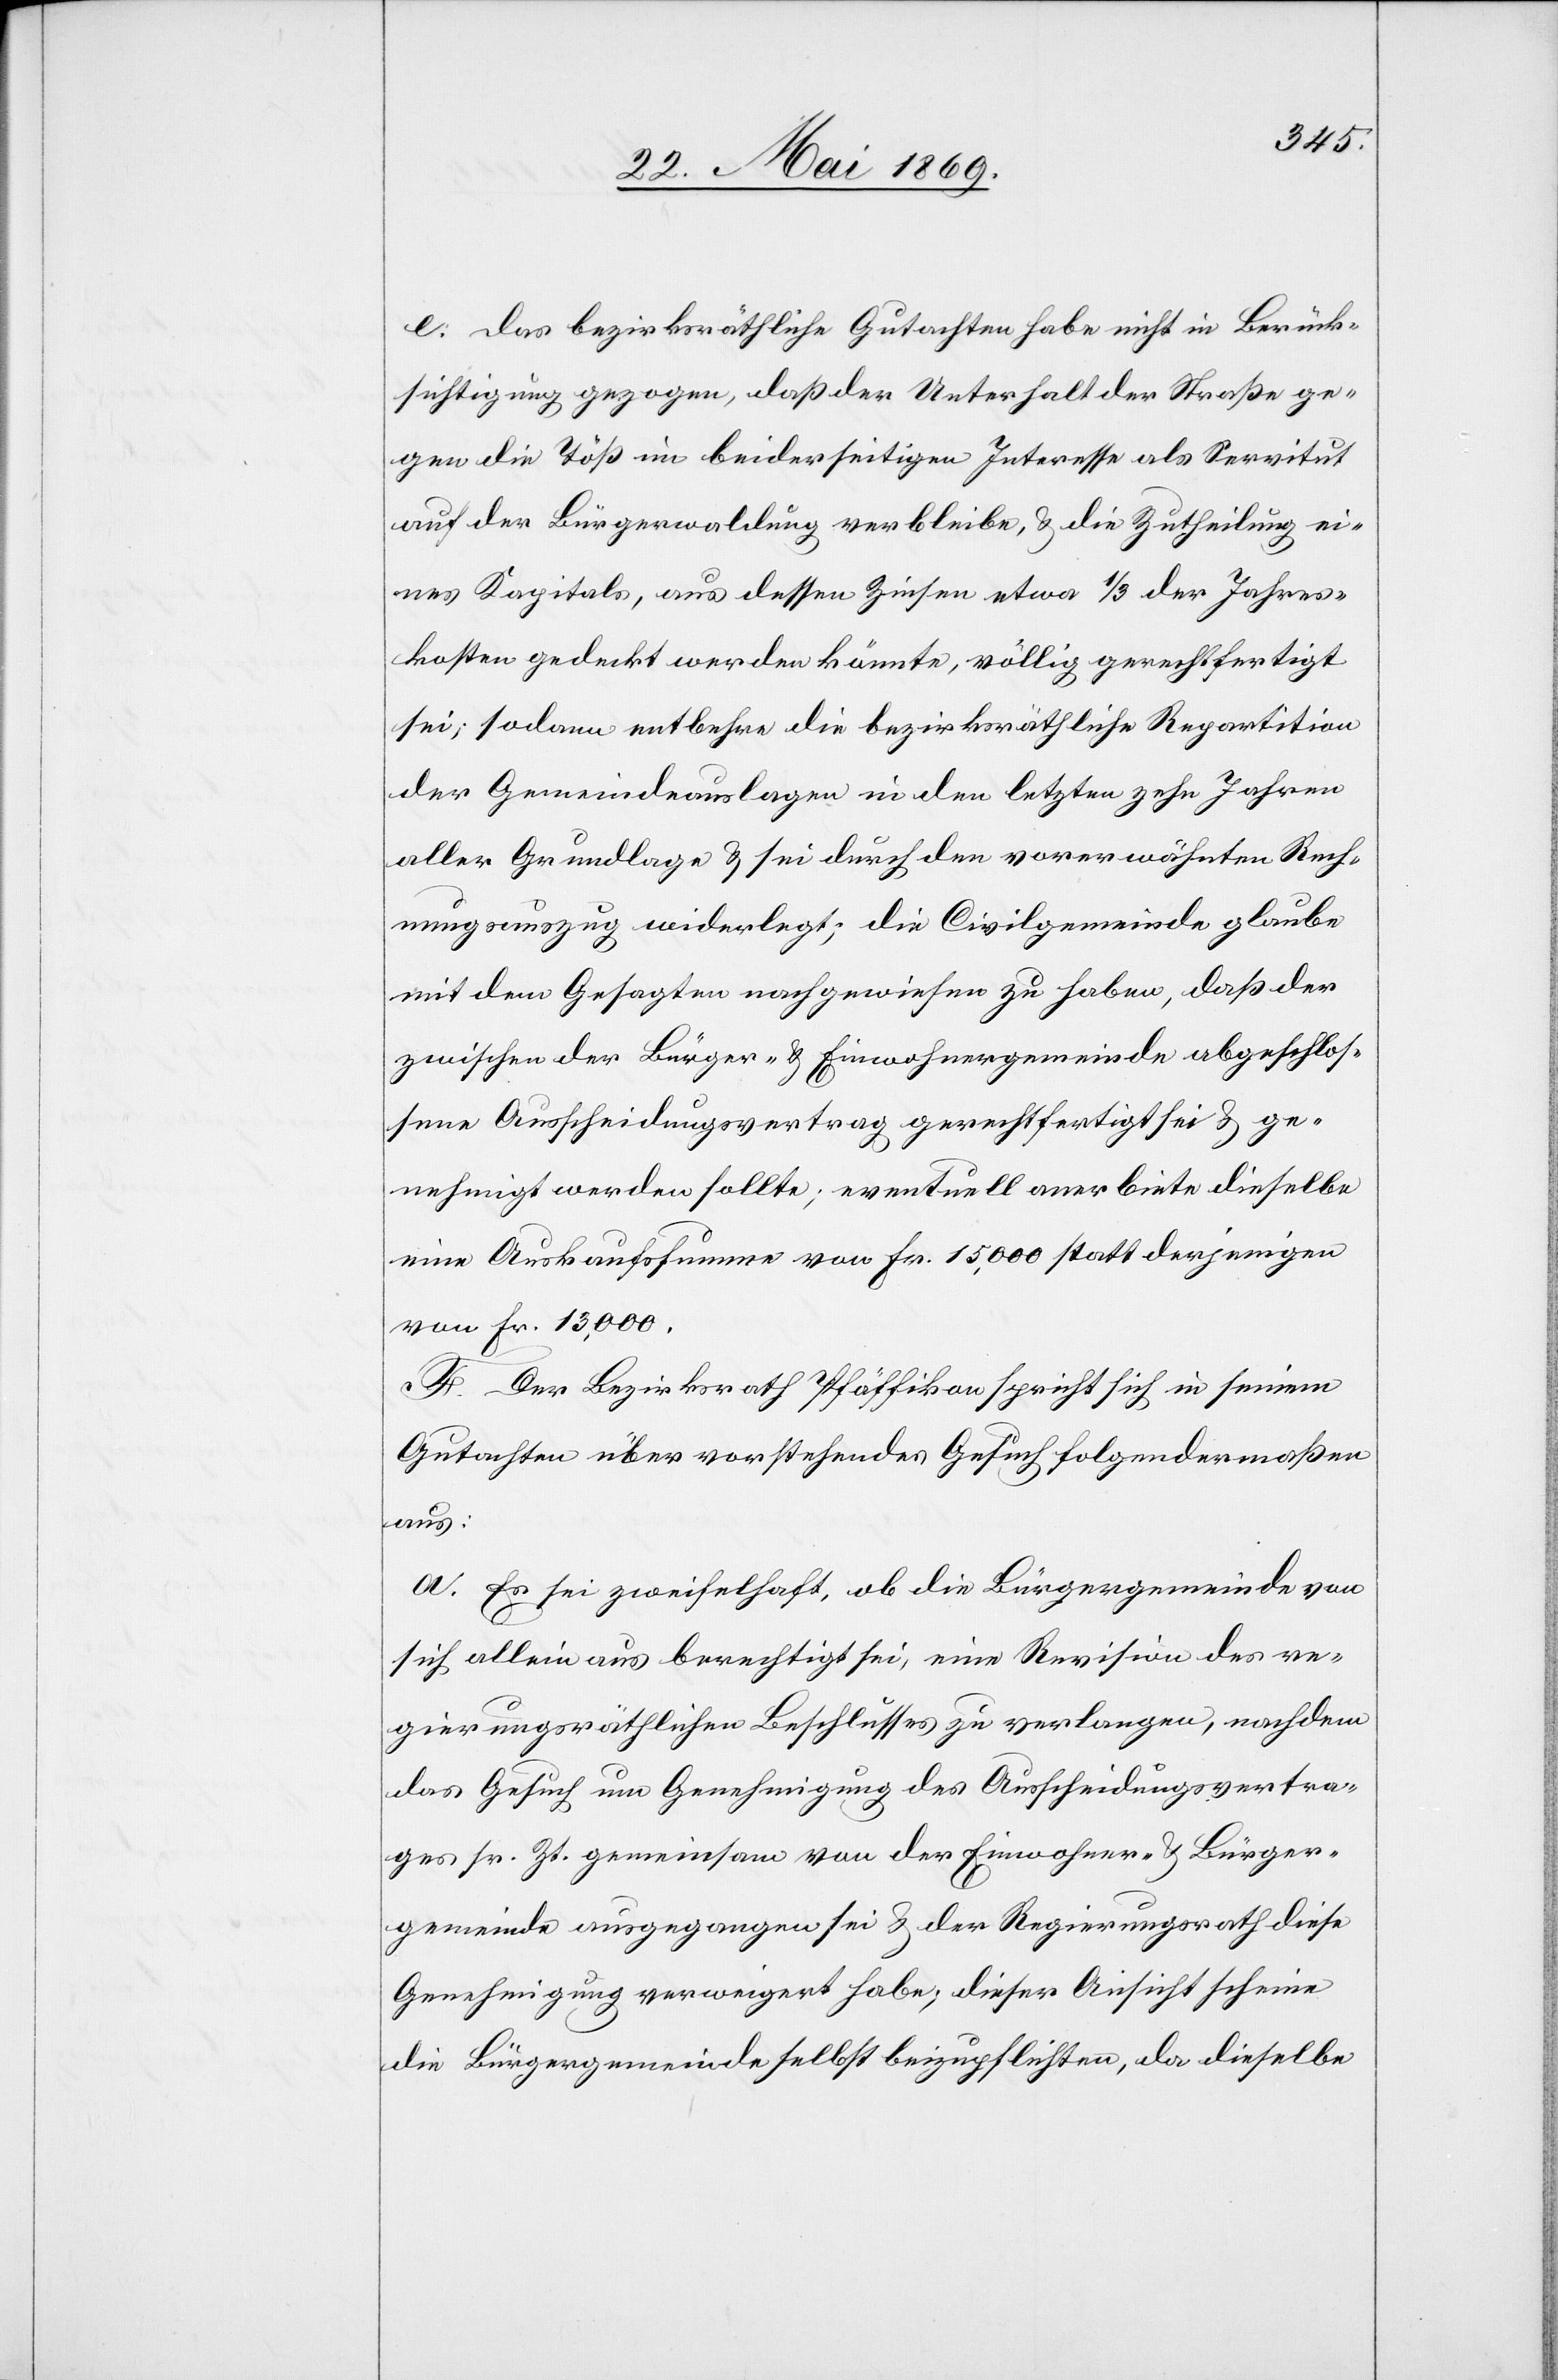
e. Das bezirksräthliche Gutachten habe nicht in Berück¬
sichtigung gezogen, daß der Unterhalt der Straße ge¬
gen die Töß im beiderseitigen Interesse als Servitut
auf der Bürgerwaldung verbleibe, u. die Zutheilung ei¬
nes Kapitals, aus dessen Zinsen etwa 1/3 der Jahres¬
kosten gedeckt werden könnte, völlig gerechtfertigt
sei; sodann entbehre die bezirksräthliche Repartition
der Gemeindeauslagen in den letzten zehn Jahren
aller Grundlage u. sei durch den vorerwähnten Rech¬
nungsauszug widerlegt; die Civilgemeinde glaube
mit dem Gesagten nachgewiesen zu haben, daß der
zwischen der Bürger- u. Einwohnergemeinde abgeschlos¬
sene Ausscheidungsvertrag gerechtfertigt sei u. ge¬
nehmigt werden sollte, eventuell anerbiete dieselbe
eine Auskaufssumme von Fr. 15,000 statt derjenigen
von Fr. 13,000.
F. Der Bezirksrath Pfäffikon spricht sich in seinem
Gutachten über vorstehendes Gesuch folgendermaßen
aus:
a. Es sei zweifelhaft, ob die Bürgergemeinde von
sich allein aus berechtigt sei, eine Revision des re¬
gierungsräthlichen Beschlusses zu verlangen, nachdem
das Gesuch um Genehmigung des Ausscheidungsvertra¬
ges sr. Zt. gemeinsam von der Einwohner- u. Bürger¬
gemeinde ausgegangen sei u. der Regierungsrath diese
Genehmigung verweigert habe; dieser Ansicht scheine
die Bürgergemeinde selbst beizupflichten, da dieselbe